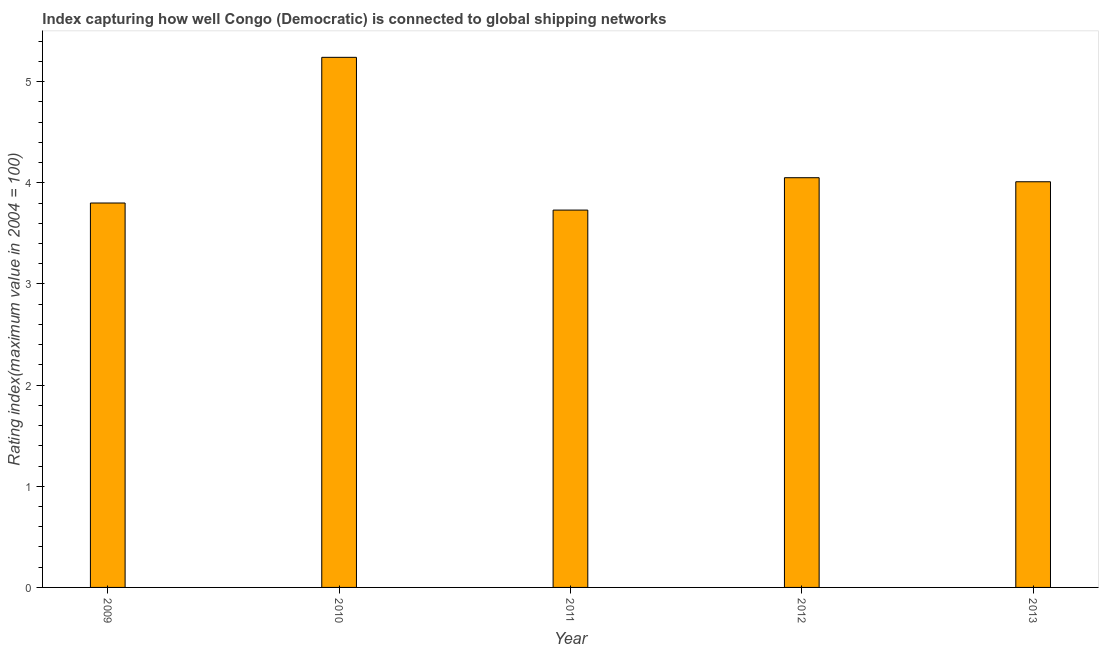
| Year | Liner shipping connectivity index  |
 | --- | --- |
 | 2009 | 3.8 |
 | 2010 | 5.24 |
 | 2011 | 3.73 |
 | 2012 | 4.05 |
 | 2013 | 4.01 |